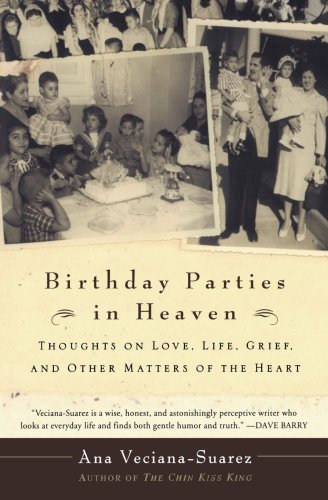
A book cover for Birthday Parties in Heaven: Thoughts on Love, Life, Grief, and Other Matters of the Heart; Ana Veciana-Suarez; Biographies & Memoirs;